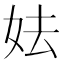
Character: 𡛠